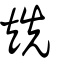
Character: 𥏌